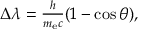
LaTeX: \textstyle \Delta \lambda = { \frac { h } { m _ { \mathrm { e } } c } } ( 1 - \cos \theta ) ,